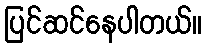
ပြင်ဆင်နေပါတယ်။